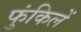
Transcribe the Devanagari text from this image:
फुंकिलें